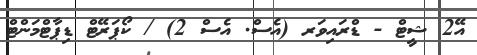
އޭ2 ޝީޓް - ޑްރައިވަރ (އެސް. އެސް 2) / ކޯޕަރޭޓް ޑިޕާޓްމަންޓް